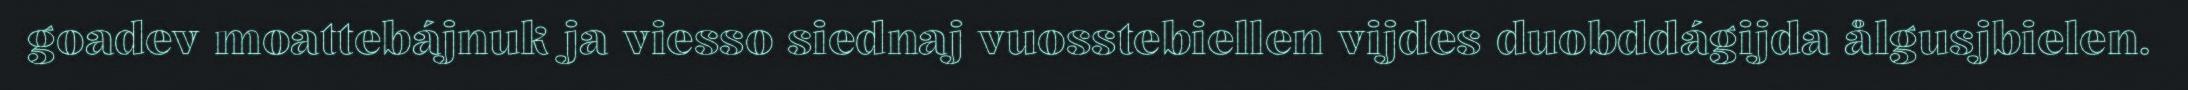
goadev moattebájnuk ja viesso siednaj vuosstebiellen vijdes duobddágijda ålgusjbielen.